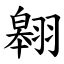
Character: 翱